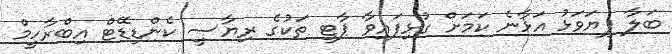
ބަލާ ފިޔަވަޅު އަޅާނެ ކަމަށް ގުޅިފައިވާ ޕާޓީ ތަކުގެ ރިޔާސީ ކެންޑިޑޭޓް އިބްރާހީމް